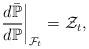
LaTeX: \begin{align*}\frac{d\bar{\mathbb{P}}}{d\mathbb{P}}\bigg|_{\mathcal{F}_t}=\mathcal{Z}_t,\end{align*}